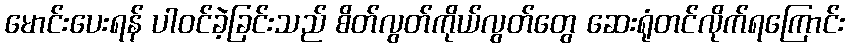
မောင်းပေးရန် ပါဝင်ခဲ့ခြင်းသည် စိတ်လွတ်ကိုယ်လွတ်တွေ ဆေးရုံတင်လိုက်ရကြောင်း